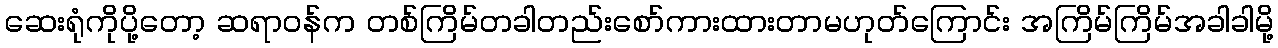
ဆေးရုံကိုပို့တော့ ဆရာဝန်က တစ်ကြိမ်တခါတည်းစော်ကားထားတာမဟုတ်ကြောင်း အကြိမ်ကြိမ်အခါခါမို့